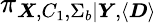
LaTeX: \pi_{\boldsymbol{X},C_{1},\Sigma_{b}|\boldsymbol{Y},\langle\boldsymbol{D}\rangle}